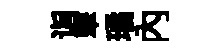
诣翠璚內